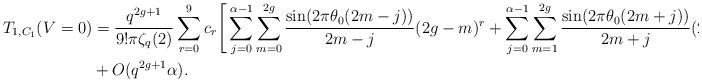
LaTeX: \begin{align*} T_{1,C_1}(V=0) &= \frac{q^{2g+1}}{9! \pi \zeta_q(2) } \sum_{r=0}^9 c_r \Bigg[ \sum_{j=0}^{\alpha-1} \sum_{m=0}^{2g}\frac{ \sin (2 \pi \theta_0(2m-j))}{2m-j} (2g-m)^r + \sum_{j=0}^{\alpha-1} \sum_{m=1}^{2g} \frac{ \sin (2 \pi \theta_0(2m+j))}{2m+j} (2g-m)^r \Bigg] \\ &+O(q^{2g+1}\alpha). \end{align*}